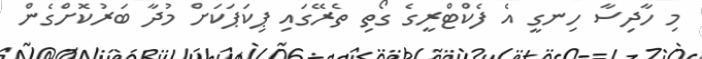
މި ހާދިސާ ހިނގީ އެ ފެކްޓްރީގެ ގޯތި ތެރޭގައި ޕިކަޕަކަށް މުދާ ބަރުކޮށްގެން